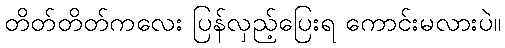
တိတ်တိတ်ကလေး ပြန်လှည့်ပြေးရ ကောင်းမလားပဲ။